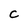
Character: c